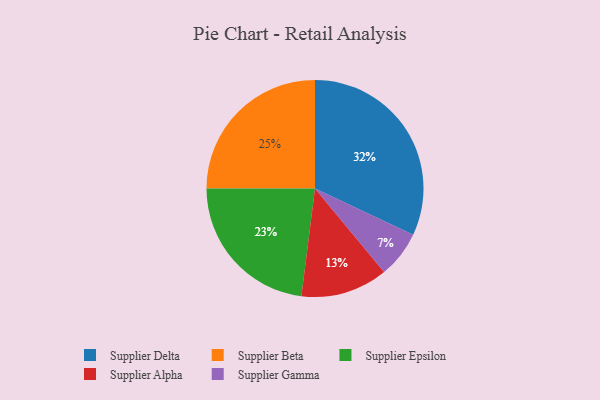
{"axis": {"x": "Category", "y": "Percentage"}, "legend": ["Supplier Alpha", "Supplier Beta", "Supplier Delta", "Supplier Epsilon", "Supplier Gamma"], "data": [{"x": "Supplier Epsilon", "y": 23, "type": "Supplier Epsilon"}, {"x": "Supplier Gamma", "y": 7, "type": "Supplier Gamma"}, {"x": "Supplier Alpha", "y": 13, "type": "Supplier Alpha"}, {"x": "Supplier Delta", "y": 32, "type": "Supplier Delta"}, {"x": "Supplier Beta", "y": 25, "type": "Supplier Beta"}]}